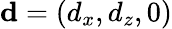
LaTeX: \mathbf{d}=(d_{x},d_{z},0)